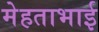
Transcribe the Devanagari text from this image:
मेहताभाई